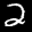
Label: 2